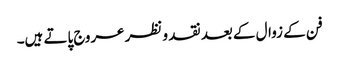
فن کے زوال کے بعد نقد و نظر عروج پاتے ہیں۔